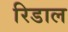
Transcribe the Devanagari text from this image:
रिडाल